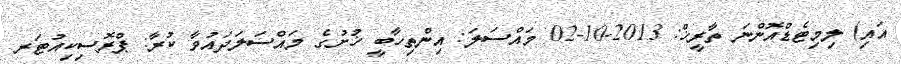
އައި) ލިމިޓެޑްއޮންނަ ތާރީޚް: 2013-10-02 މައްސަލަ: އިންތިހާބީ ޚުށުގެ މައްސަލަދައުވާ ކުރާ: ޕްރޮސިކިއުޓަރ